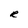
Character: R